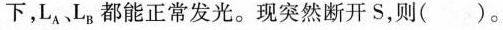
，L_{A}L_{B}都能正常发光。现突然断开S，则( )。